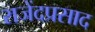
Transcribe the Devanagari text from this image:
राजेंदप्रसाद